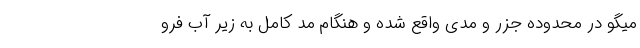
میگو در محدوده جزر و مدی واقع شده ‌و ‌هنگام مد کامل به زیر آب فرو